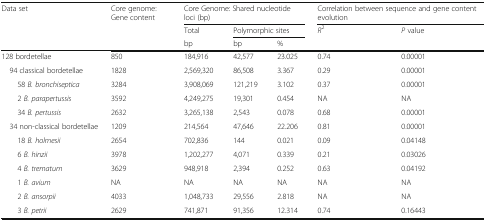
<table><thead><tr><td rowspan="3"><b>Data set</b></td><td rowspan="3"><b>Core genome: Gene content</b></td><td colspan="3"><b>Core Genome: Shared nucleotide loci (bp)</b></td><td colspan="2"><b>Correlation between sequence and gene content evolution</b></td></tr><tr><td><b>Total</b></td><td colspan="2"><b>Polymorphic sites</b></td><td rowspan="2"><b><i>R</i><sup>2</sup></b></td><td rowspan="2"><b><i>P</i> value</b></td></tr><tr><td><b>bp</b></td><td><b>bp</b></td><td><b>%</b></td></tr></thead><tbody><tr><td>128 bordetellae</td><td>850</td><td>184,916</td><td>42,577</td><td>23.025</td><td>0.74</td><td>0.00001</td></tr><tr><td> 94 classical bordetellae</td><td>1828</td><td>2,569,320</td><td>86,508</td><td>3.367</td><td>0.29</td><td>0.00001</td></tr><tr><td>58 <i>B. bronchiseptica</i></td><td>3284</td><td>3,908,069</td><td>121,219</td><td>3.102</td><td>0.37</td><td>0.00001</td></tr><tr><td>2 <i>B. parapertussis</i></td><td>3592</td><td>4,249,275</td><td>19,301</td><td>0.454</td><td>NA</td><td>NA</td></tr><tr><td>34 <i>B. pertussis</i></td><td>2632</td><td>3,265,138</td><td>2,543</td><td>0.078</td><td>0.68</td><td>0.00001</td></tr><tr><td> 34 non-classical bordetellae</td><td>1209</td><td>214,564</td><td>47,646</td><td>22.206</td><td>0.81</td><td>0.00001</td></tr><tr><td>18 <i>B. holmesii</i></td><td>2654</td><td>702,836</td><td>144</td><td>0.021</td><td>0.09</td><td>0.04148</td></tr><tr><td>6 <i>B. hinzii</i></td><td>3978</td><td>1,202,277</td><td>4,071</td><td>0.339</td><td>0.21</td><td>0.03026</td></tr><tr><td>4 <i>B. trematum</i></td><td>3629</td><td>948,918</td><td>2,394</td><td>0.252</td><td>0.63</td><td>0.04192</td></tr><tr><td>1 <i>B. avium</i></td><td>NA</td><td>NA</td><td>NA</td><td>NA</td><td>NA</td><td>NA</td></tr><tr><td>2 <i>B. ansorpii</i></td><td>4033</td><td>1,048,733</td><td>29,556</td><td>2.818</td><td>NA</td><td>NA</td></tr><tr><td>3 <i>B. petrii</i></td><td>2629</td><td>741,871</td><td>91,356</td><td>12.314</td><td>0.74</td><td>0.16443</td></tr></tbody></table>